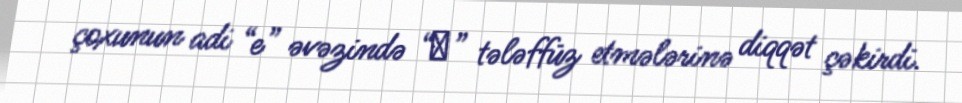
çoxunun adi “e” əvəzində “э” tələffüz etmələrinə diqqət çəkirdi.